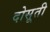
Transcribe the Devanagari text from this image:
दोसूती